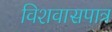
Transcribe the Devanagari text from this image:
विशवासपात्र